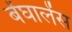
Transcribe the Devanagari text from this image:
बेंघालेंस